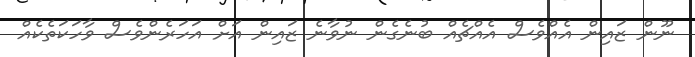
ނޫން ޒައިން އެއްވެސް އެއްޗެއް ބުނެގެން ނުވާނެ ޒައިން އަށް އަހަރެންވެސް ވާހަކަތެކެއް